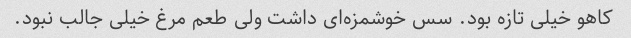
کاهو خیلی تازه بود. سس خوشمزه‌ای داشت ولی طعم مرغ خیلی جالب نبود.